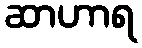
ဆာဟာရ